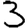
Digit: 3